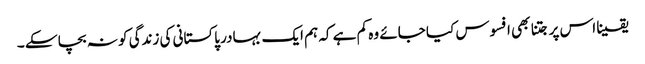
یقینا اس پر جتنا بھی افسوس کیا جائے وہ کم ہے کہ ہم ایک بہادر پاکستانی کی زندگی کو نہ بچا سکے ۔